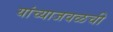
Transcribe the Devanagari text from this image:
यांच्याजवळची